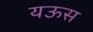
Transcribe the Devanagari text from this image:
यऊस